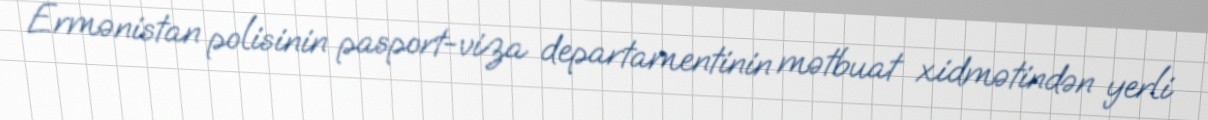
Ermənistan polisinin pasport-viza departamentinin mətbuat xidmətindən yerli